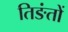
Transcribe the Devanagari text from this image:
तिङंतों